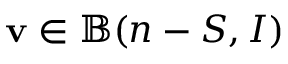
\mathbf { v } \in \mathbb { B } ( n - S , I )